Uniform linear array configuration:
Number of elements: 48
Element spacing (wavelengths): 0.75
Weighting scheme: uniform
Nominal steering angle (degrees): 45
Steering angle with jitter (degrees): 43.26
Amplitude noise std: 0.05
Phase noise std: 0.05

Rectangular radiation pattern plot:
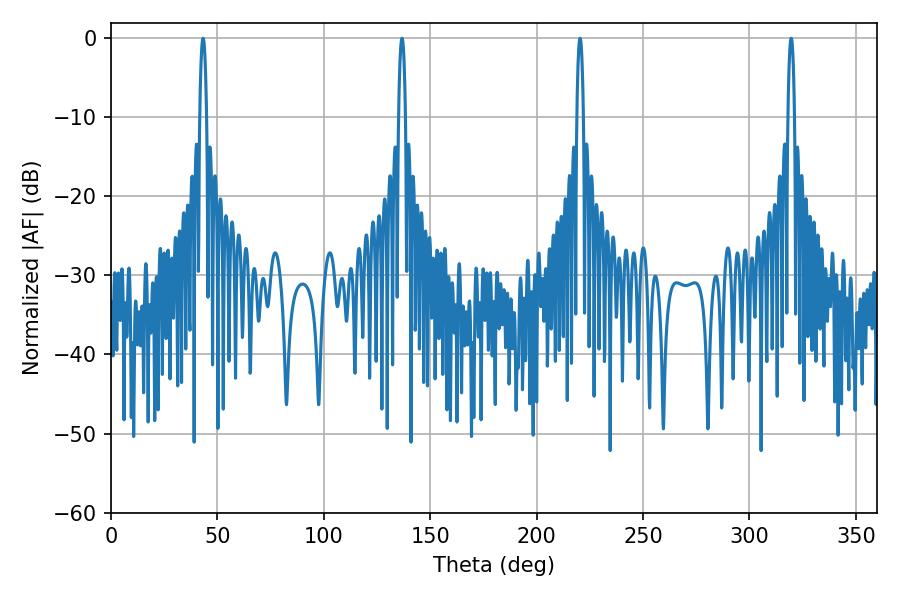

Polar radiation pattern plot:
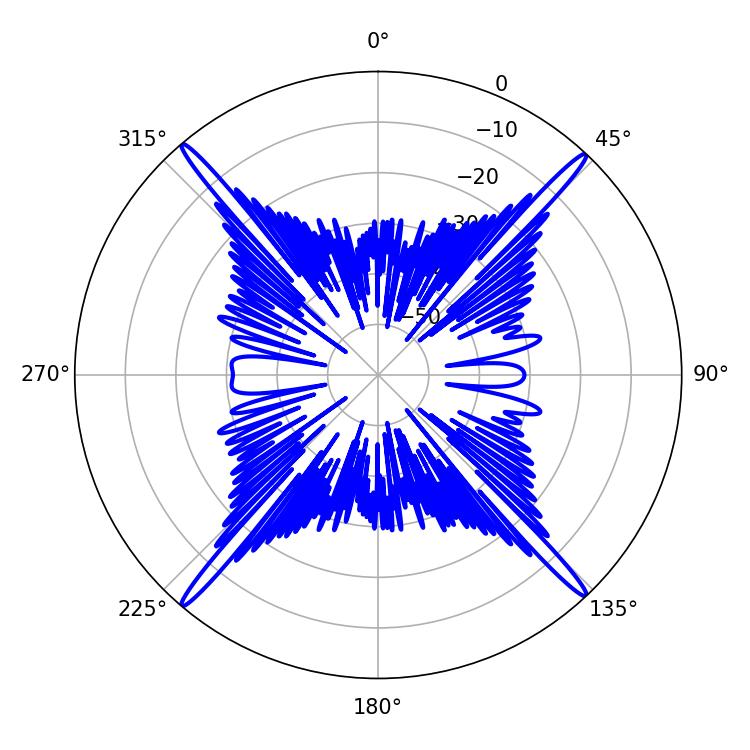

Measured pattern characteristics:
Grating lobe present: TRUE
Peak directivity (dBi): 26.055
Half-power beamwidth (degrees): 1.8
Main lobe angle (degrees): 43.2